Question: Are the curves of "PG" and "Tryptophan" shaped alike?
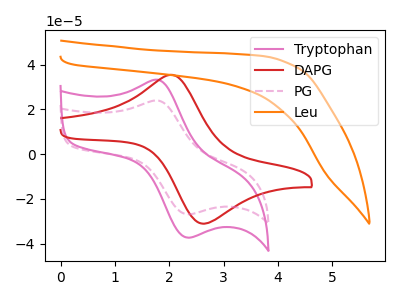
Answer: <think>The pink curve "Tryptophan" has an anodic peak at (1.80V, 33.10uA) and a cathodic peak at (2.35V, -37.35uA). The red curve "DAPG" has an anodic peak at (2.05V, 35.40uA) and a cathodic peak at (2.60V, -31.15uA). The pink dashed curve "PG" has an anodic peak at (1.80V, 23.85uA) and a cathodic peak at (2.35V, -26.95uA). The orange curve "Leu" has no peaks.
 All the peaks in "PG" have a peak in "Tryptophan" at the same potential. Every peak in "PG" is lower than every peak in "Tryptophan".</think>
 <answer>"PG" and "Tryptophan" are similar in shape.</answer>
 <eval>same_shape</eval>